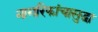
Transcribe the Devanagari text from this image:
नागरिकांचासुद्धा